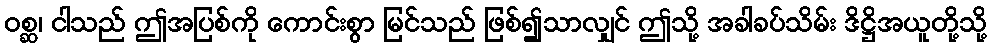
ဝစ္ဆ၊ ငါသည် ဤအပြစ်ကို ကောင်းစွာ မြင်သည် ဖြစ်၍သာလျှင် ဤသို့ အခါခပ်သိမ်း ဒိဋ္ဌိအယူတို့သို့